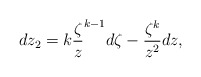
\begin{align*}dz_{2}=k\frac{\zeta }{z}^{k-1}d\zeta -\frac{\zeta ^{k}}{z^{2}}dz, \end{align*}